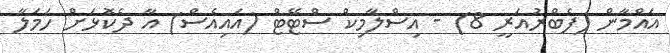
އައްމާން (ފެބްރުއަރީ 8) - އިސްލާމިކް ސްޓޭޓް (އައިއެސް) އާ ދެކޮޅަށް ހަމަލާ